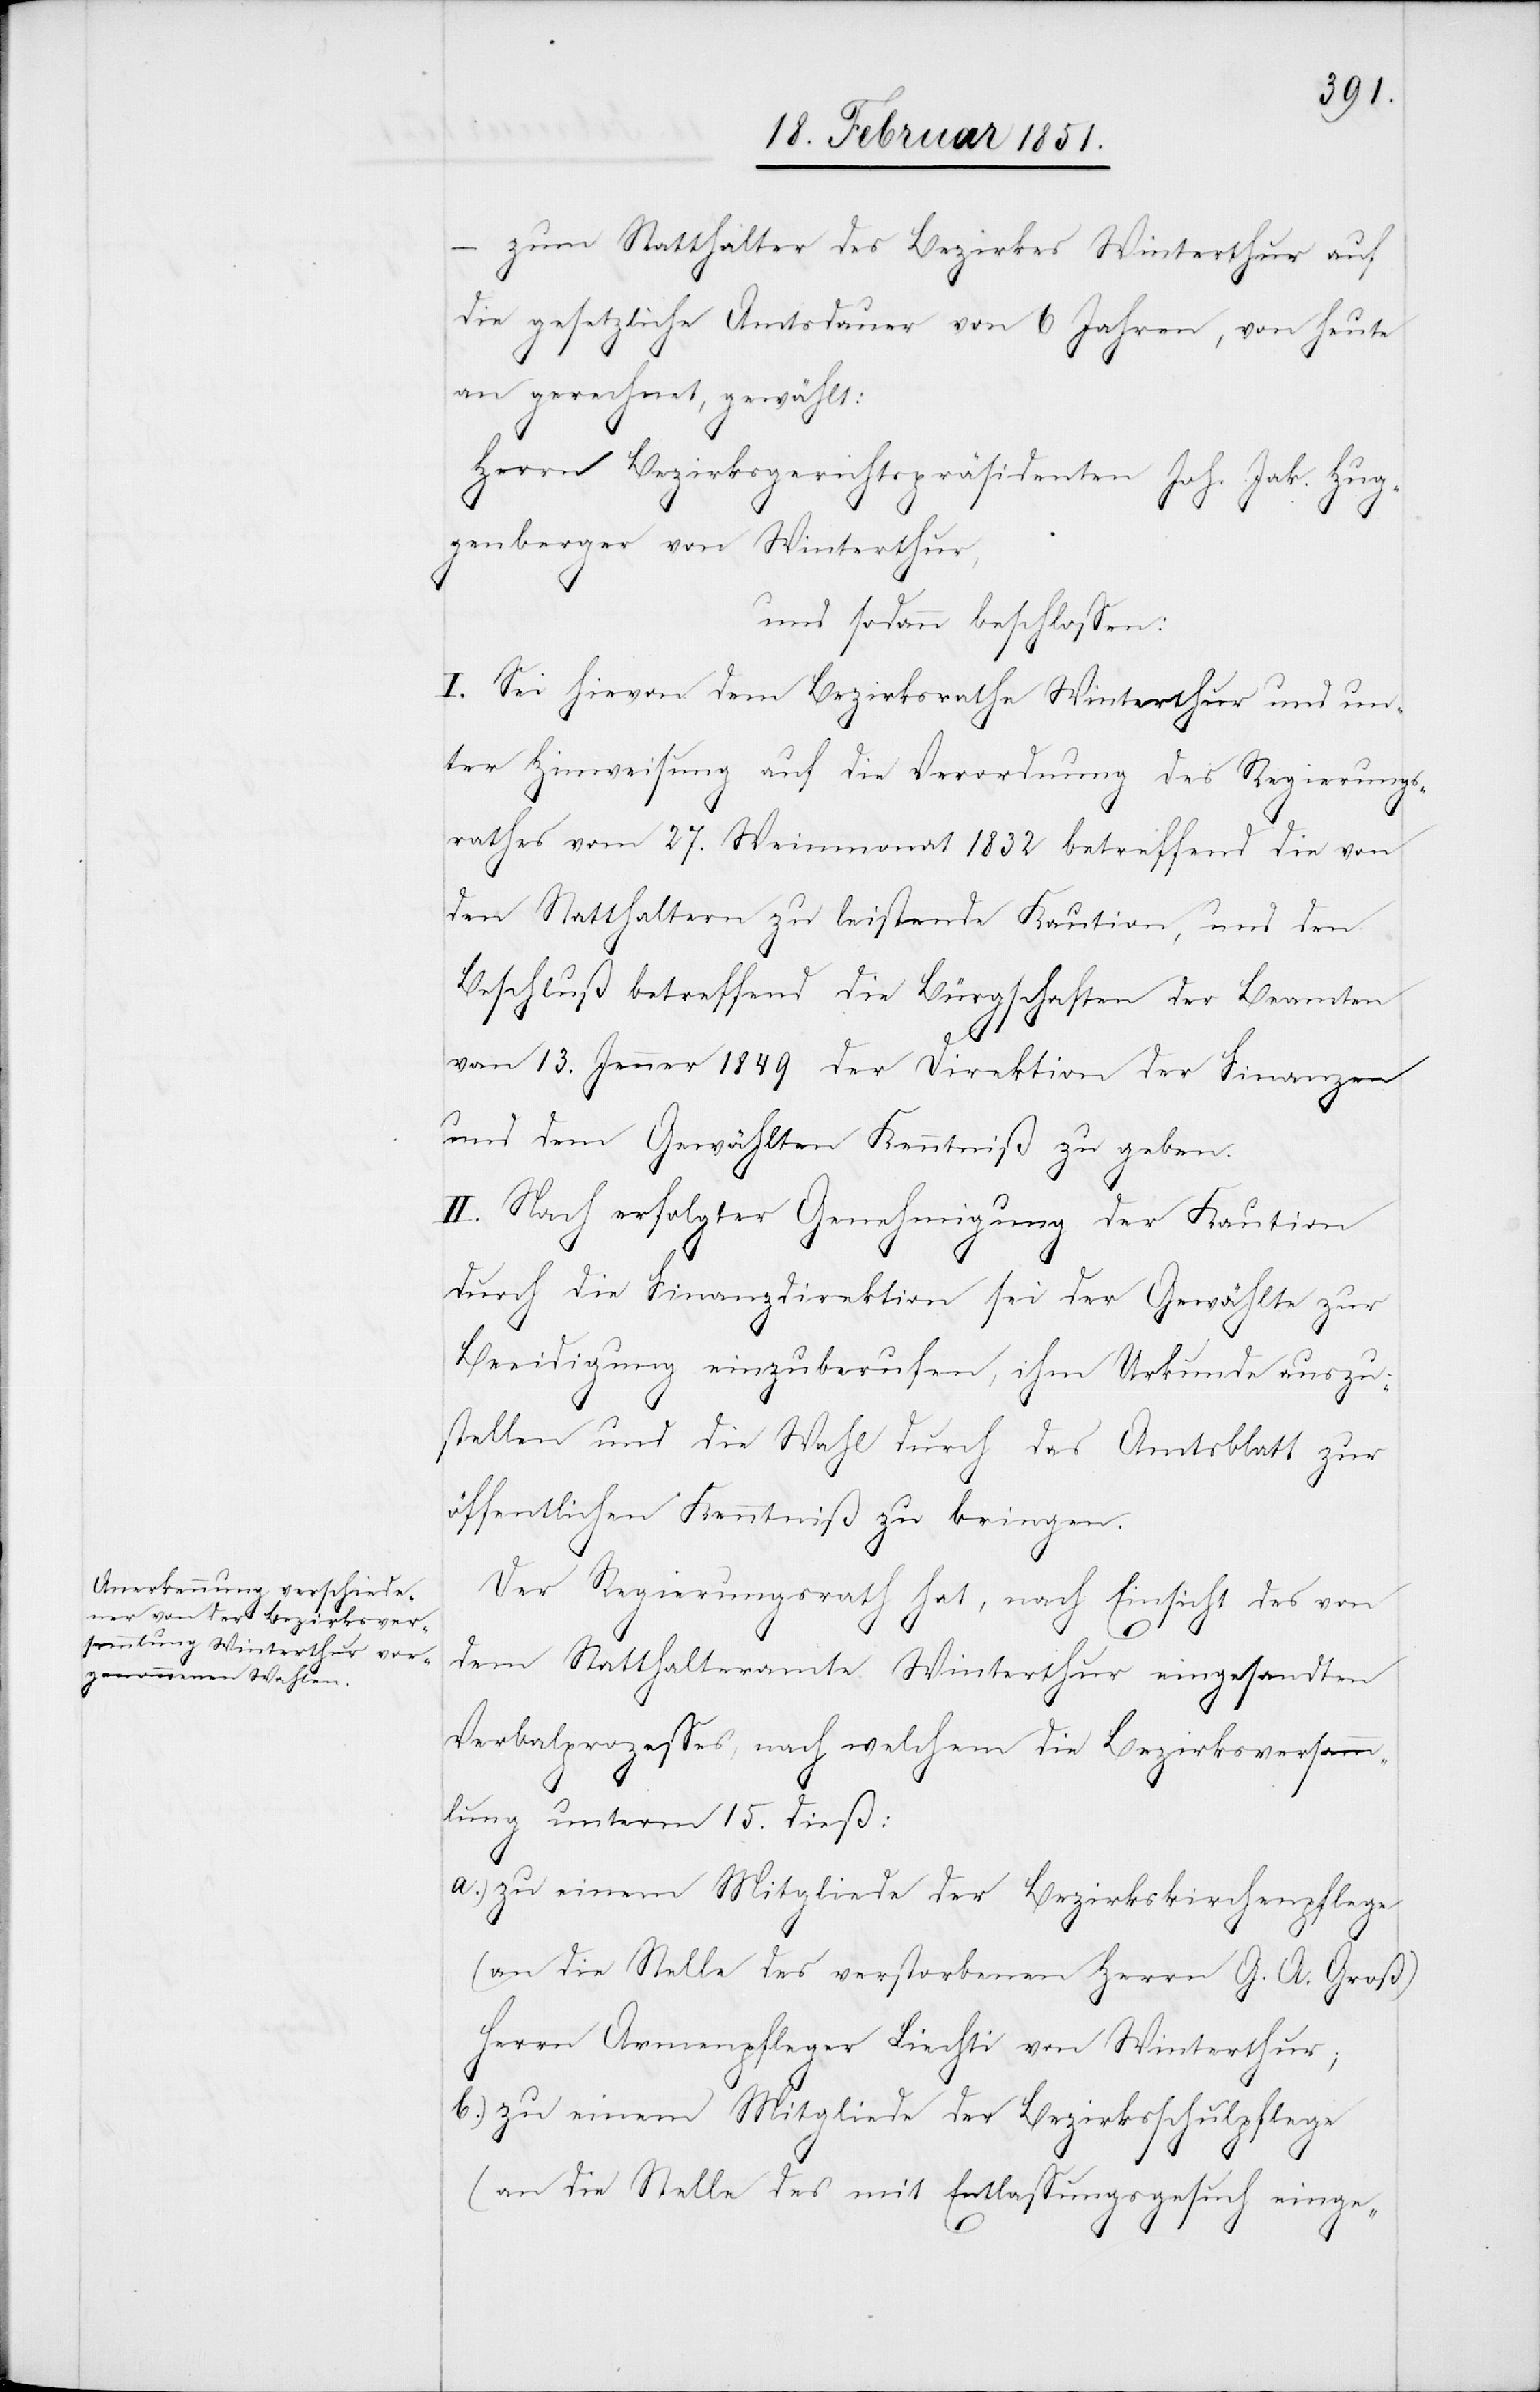
– zum Statthalter des Bezirkes Winterthur auf
die gesetzliche Amtsdauer von 6 Jahren, von heute
an gerechnet, gewählt:
Herrn Bezirksgerichtspräsidenten Joh. Jak. Hug¬
genberger von Winterthur,
und sodann beschlossen:
I. Sei hievon dem Bezirksrathe Winterthur und un¬
ter Hinweisung auf die Verordnung des Regierungs¬
rathes vom 27. Weinmonat 1832 betreffend die von
den Statthaltern zu leistende Kaution, und den
Beschluß betreffend die Bürgschaften der Beamten
vom 13. Jenner 1849 der Direktion der Finanzen
und dem Gewählten Kenntniß zu geben.
II. Nach erfolgter Genehmigung der Kaution
durch die Finanzdirektion sei der Gewählte zur
Beeidigung einzuberufen, ihm Urkunde auszu¬
stellen und die Wahl durch das Amtsblatt zur
öffentlichen Kenntniß zu bringen.
Der Regierungsrath hat, nach Einsicht des von
b.)
dem Statthalteramte Winterthur eingesandten
Verbalprozesses, nach welchem die Bezirksversamm¬
lung unterm 15. dieß:
zu einem Mitgliede der Bezirkskirchenpflege
(an die Stelle des verstorbenen Herrn G. A. Groß)
Herrn Armenpfleger Liechti von Winterthur;
zu einem Mitgliede der Bezirksschulpflege
(an die Stelle des mit Entlassungsgesuch einge-